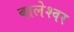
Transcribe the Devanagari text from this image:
बालेश्‍वर